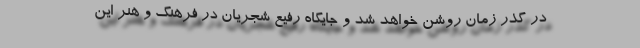
در گذر زمان روشن خواهد شد و جایگاه رفیع شجریان در فرهنگ و هنر این